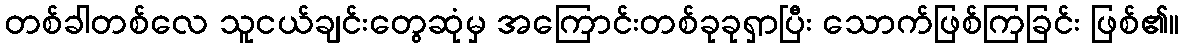
တစ်ခါတစ်လေ သူငယ်ချင်းတွေဆုံမှ အကြောင်းတစ်ခုခုရှာပြီး သောက်ဖြစ်ကြခြင်း ဖြစ်၏။